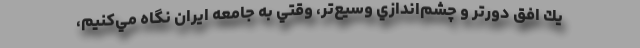
يك افق دورتر و چشم‌اندازي وسيع‌تر، وقتي به جامعه ايران نگاه مي‌كنيم،